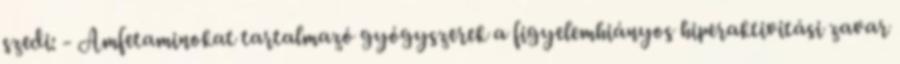
szedi: - Amfetaminokat tartalmazó gyógyszerek a figyelemhiányos hiperaktivitási zavar